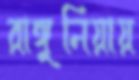
রাঙ্গুনিয়ায়